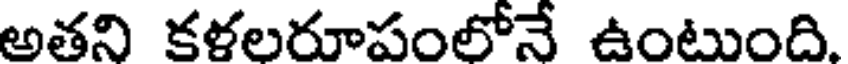
అతని కళలరూపంలోనే ఉంటుంది.